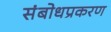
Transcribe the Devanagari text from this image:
संबोधप्रकरण